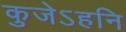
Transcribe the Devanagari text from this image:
कुजेऽहनि